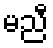
မညီ